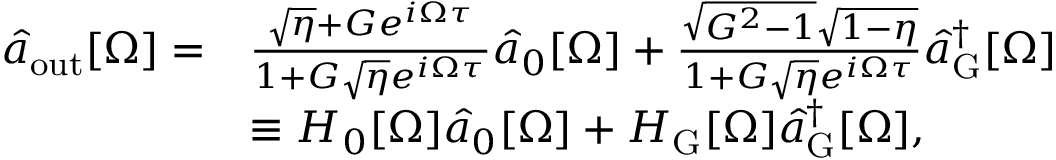
\begin{array} { r l } { \hat { a } _ { \mathrm { o u t } } [ \Omega ] = } & { \frac { \sqrt { \eta } + G e ^ { i \Omega \tau } } { 1 + G \sqrt { \eta } e ^ { i \Omega \tau } } \hat { a } _ { 0 } [ \Omega ] + \frac { \sqrt { G ^ { 2 } - 1 } \sqrt { 1 - \eta } } { 1 + G \sqrt { \eta } e ^ { i \Omega \tau } } \hat { a } _ { \mathrm { G } } ^ { \dagger } [ \Omega ] } \\ & { \equiv H _ { 0 } [ \Omega ] \hat { a } _ { 0 } [ \Omega ] + H _ { \mathrm { G } } [ \Omega ] \hat { a } _ { \mathrm { G } } ^ { \dagger } [ \Omega ] , } \end{array}